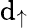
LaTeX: \mathrm{d}_{\uparrow}